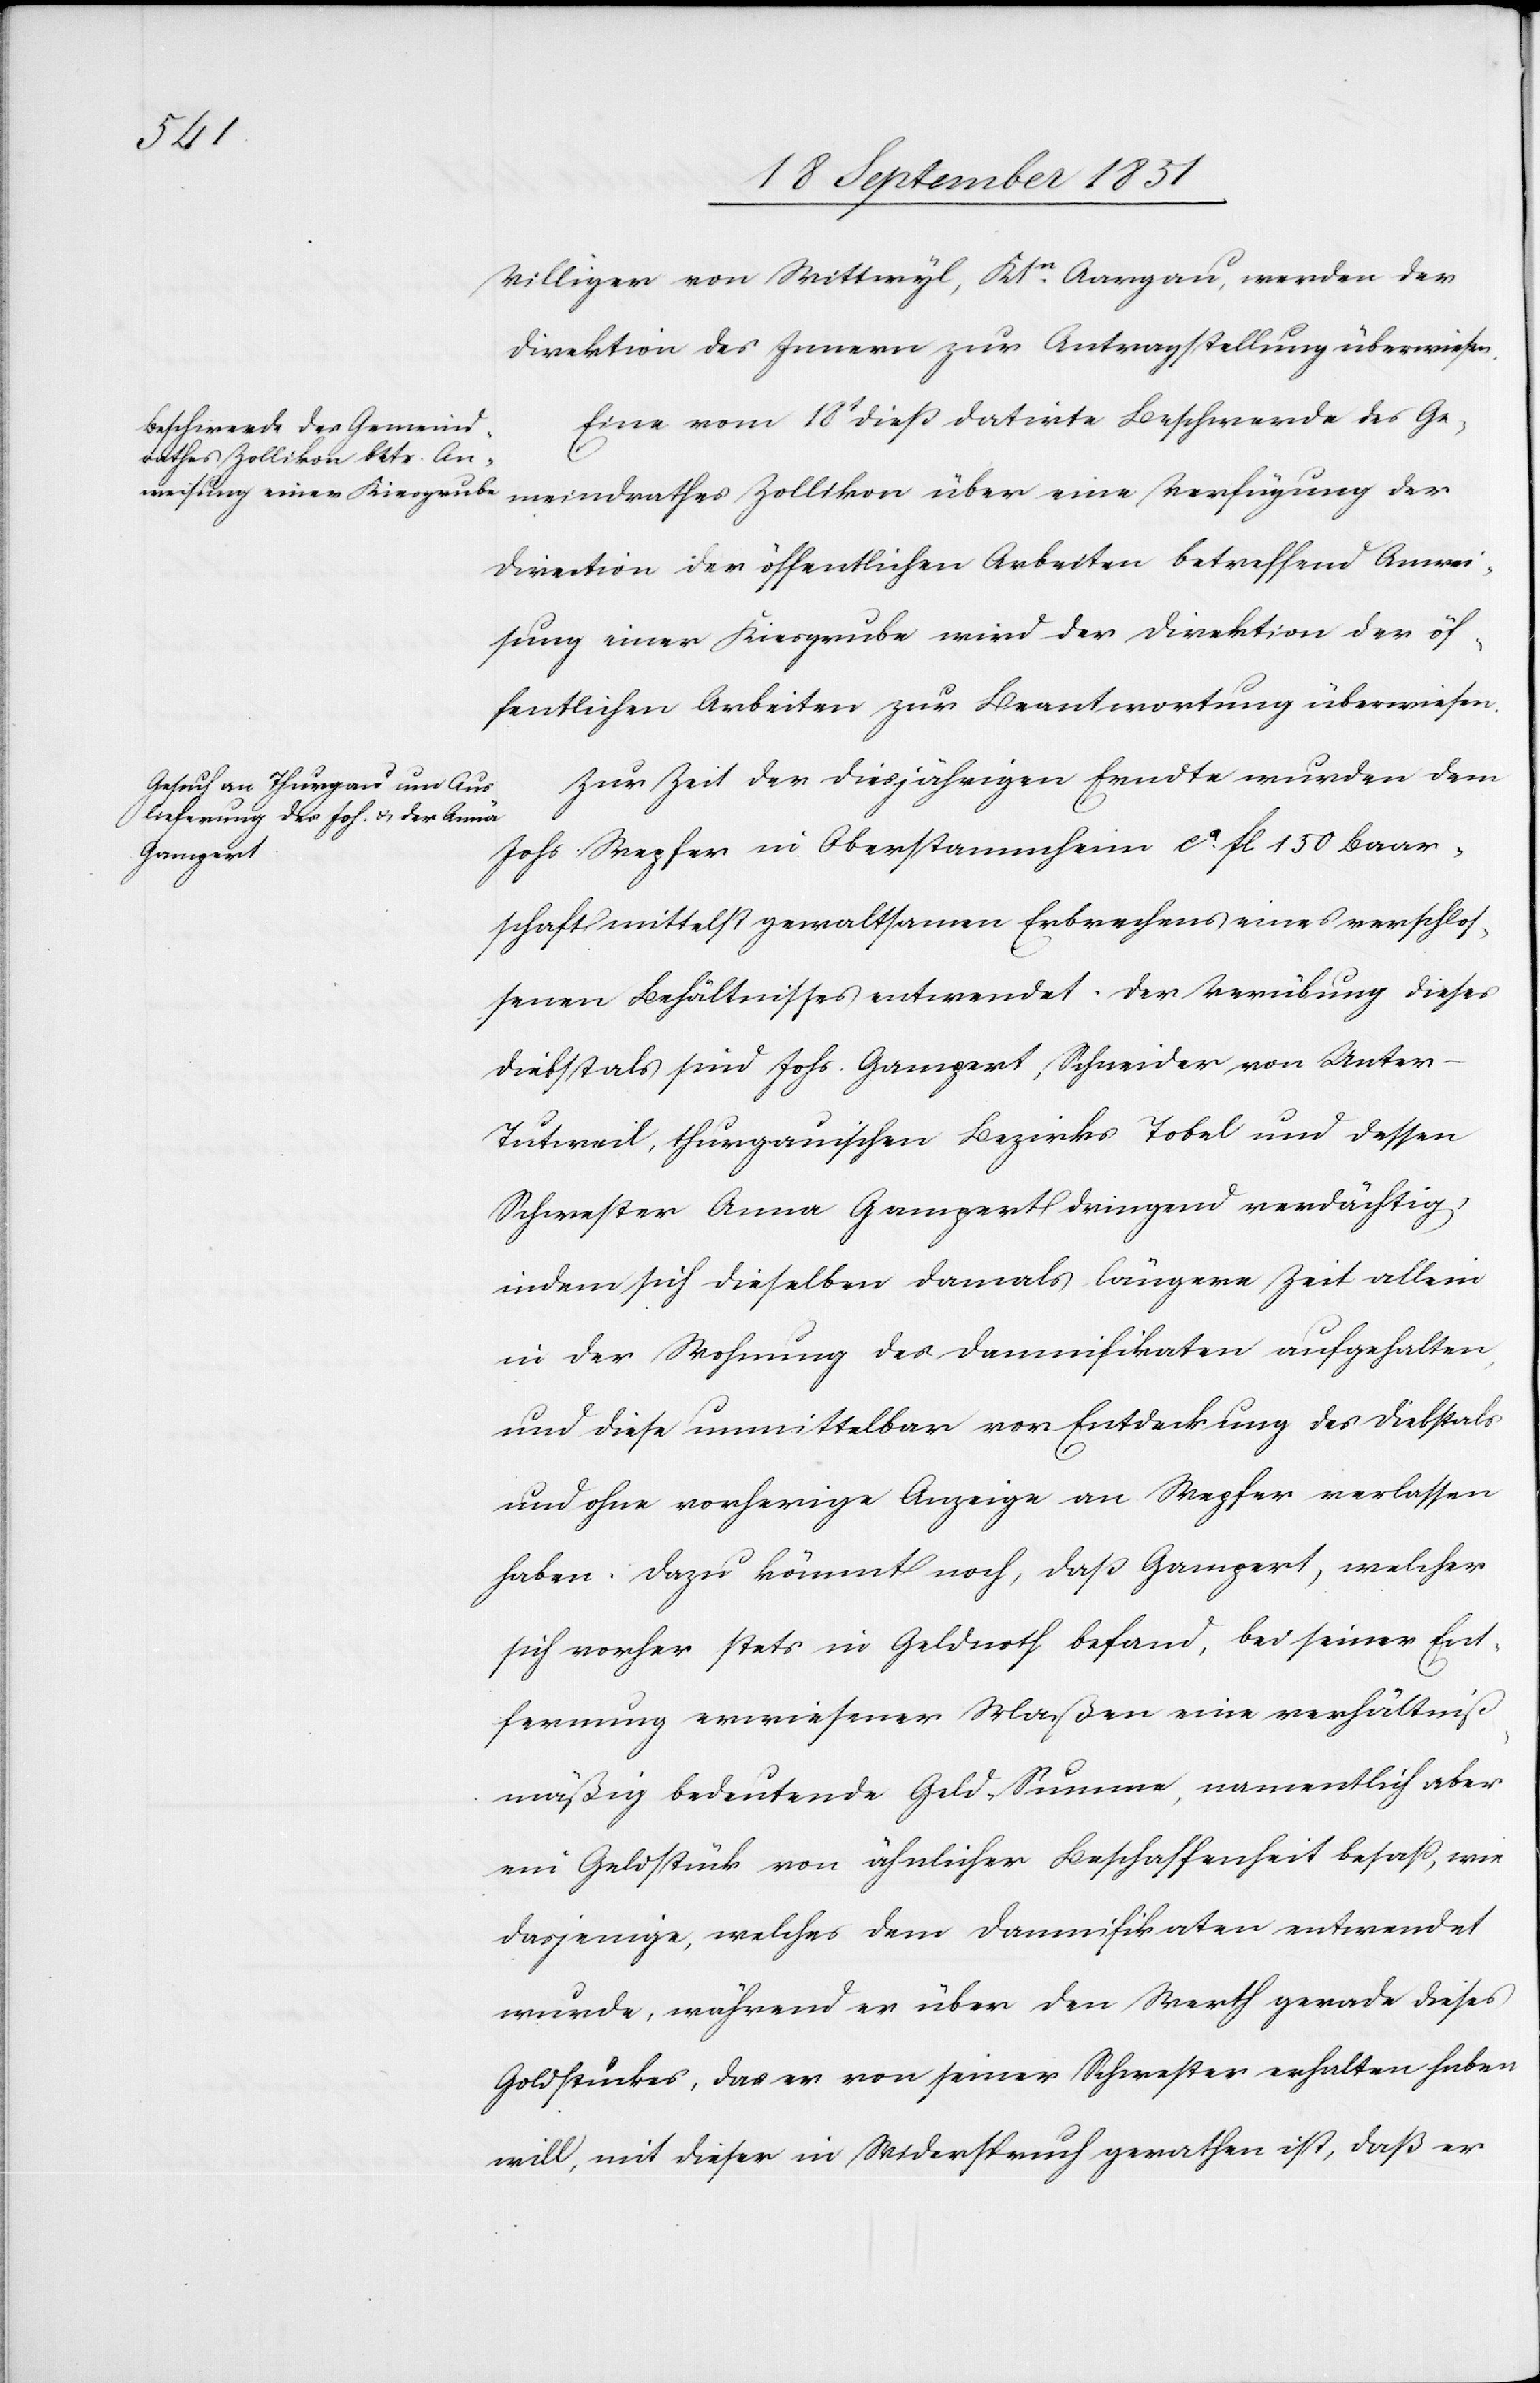
20t September 1851.]
Villiger von Wittwyl, Ktn. Aargau, werden der
Direktion des Innern zur Antragstellung überwiesen.
Eine vom 18t dieß datirte Beschwerde des Ge¬
meindrathes Zollikon über eine Verfügung der
Direction der öffentlichen Arbeiten betreffend Anwei¬
sung einer Kiesgrube wird der Direktion der öf¬
fentlichen Arbeiten zur Beantwortung überwiesen.
Zur Zeit der diesjährigen Erndte wurden dem
Johs. Wepfer in Oberstammheim ca. fl 150 Baar¬
schaft mittelst gewaltsamen Erbrechens eines verschlos¬
senen Behältnisses entwendet. Der Verübung dieses
Diebstals sind Johs. Gampert, Schneider von Unter-T¬
utweil, thurgauischen Bezirks Tobel und dessen
Schwester Anna Gampert dringend verdächtig,
indem sich dieselben damals längere Zeit allein
in der Wohnung des Damnifikaten aufgehalten,
und diese unmittelbar vor Entdeckung des Diebstals
und ohne vorherige Anzeige an Wepfer verlassen
haben. Dazu kömmt noch, daß Gampert, welcher
sich vorher stets in Geldnoth befand, bei seiner Ent¬
fernung erwiesener Maßen eine verhältniß¬
mäßig bedeutende Geld-Summe, namentlich aber
ein Geldstück von ähnlicher Beschaffenheit besaß, wie
dasjenige, welches dem Damnifikaten entwendet
wurde, während er über den Werth gerade dieses
Goldstückes, das er von seiner Schwester erhalten haben
will, mit dieser in Widerspruch gerathen ist, daß er